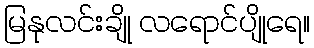
မြနုလင်းချို လရောင်ပျိုရေ။